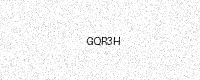
Text: GQR3H